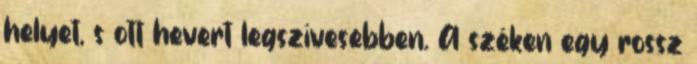
helyet, s ott hevert legszívesebben. A széken egy rossz